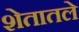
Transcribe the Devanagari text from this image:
शेतातले